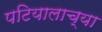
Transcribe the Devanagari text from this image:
पटियालाच्या